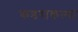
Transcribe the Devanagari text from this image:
कडराकल्पा